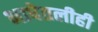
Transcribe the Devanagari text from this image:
भाषेतलीही